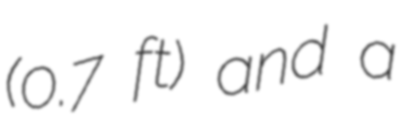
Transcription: (0.7 ft) and a